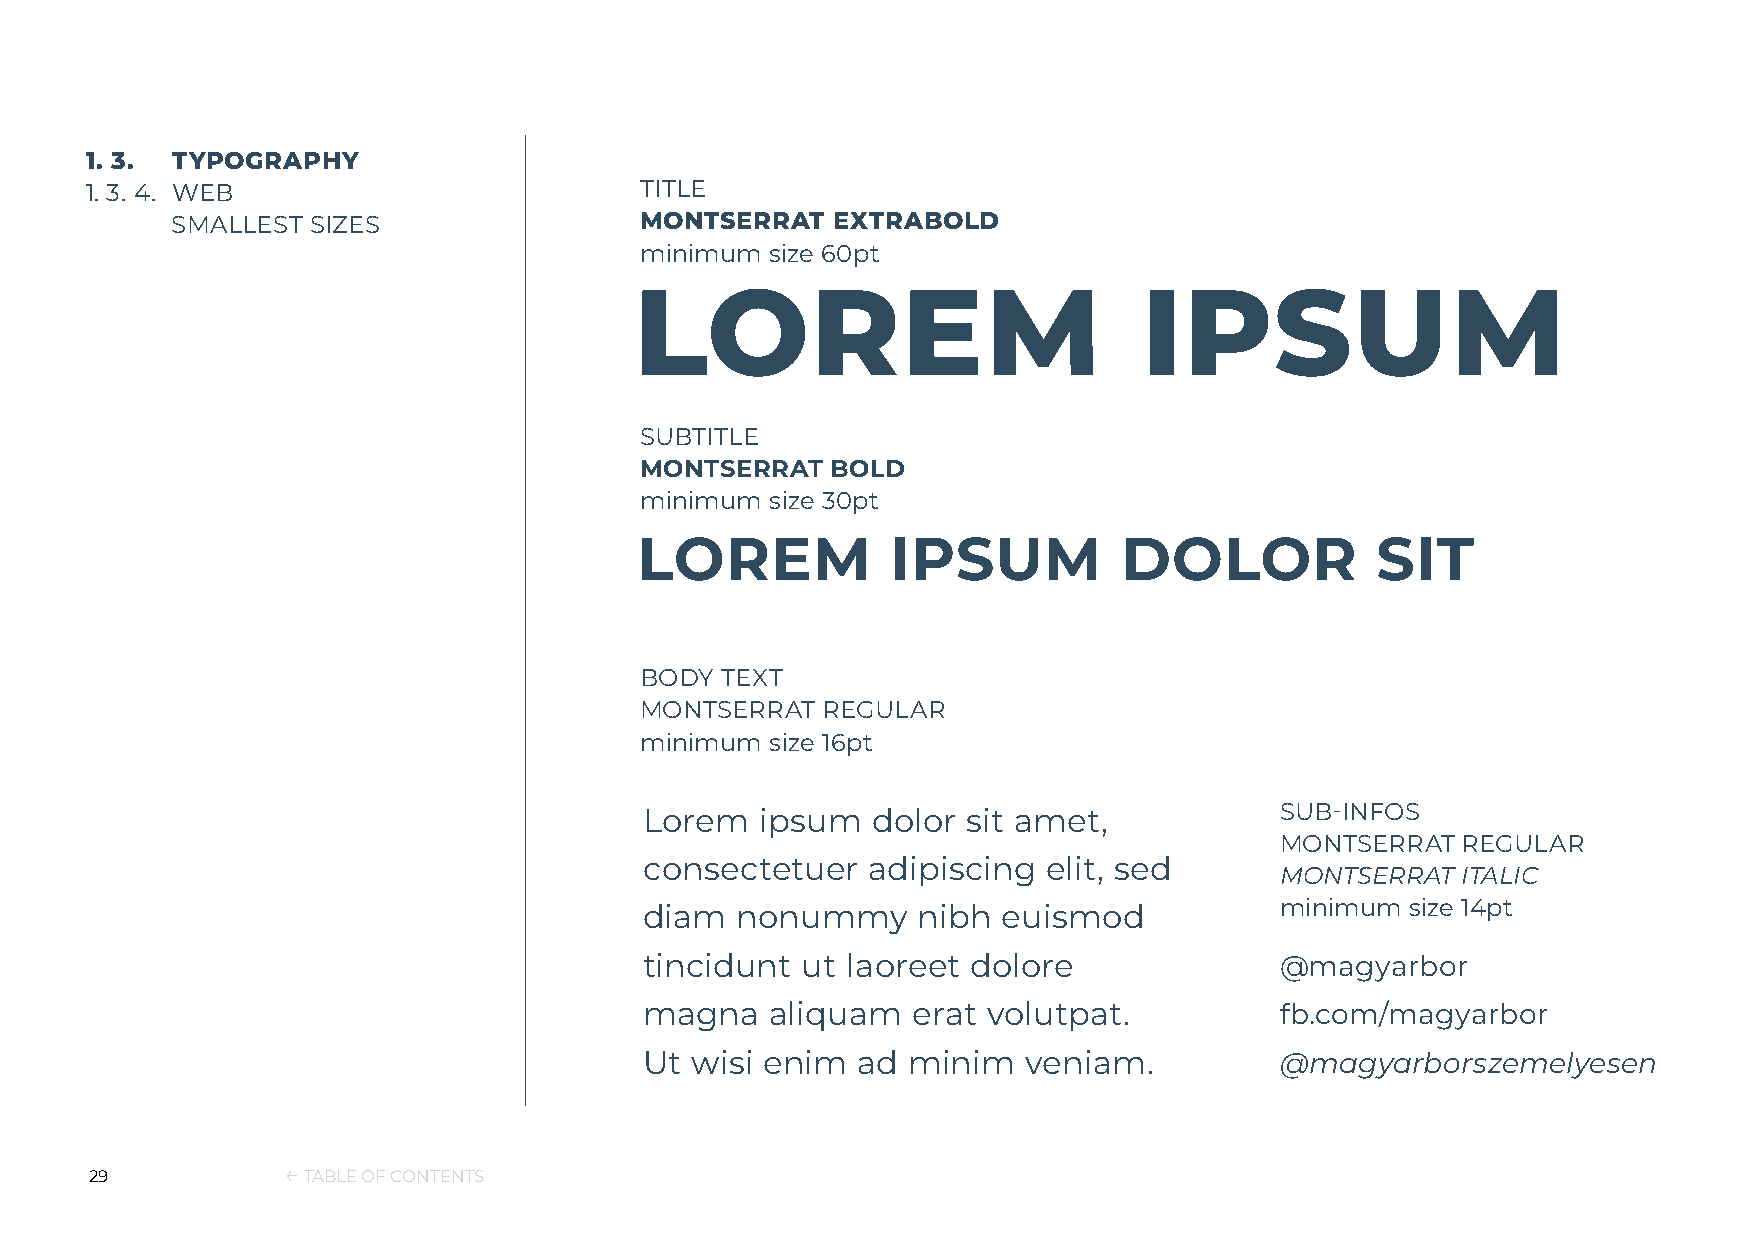
1. 3. TYPOGRAPHY
 1. 3. 4. WEB                        TITLE
 SMALLEST  SIZES                MONTSERRAT   EXTRABOLD
 minimum  size 60pt
 LOREM                             IPSUM
 SUBTITLE
 MONTSERRAT   BOLD
 minimum  size 30pt
 LOREM            IPSUM          DOLOR            SIT
 BODY  TEXT
 MONTSERRAT  REGULAR
 minimum  size 16pt
 Lorem  ipsum   dolor sit amet,            SUB-INFOS
 MONTSERRAT  REGULAR
 consectetuer   adipiscing elit, sed
 MONTSERRAT  ITALIC
 diam  nonummy     nibh euismod            minimum size 14pt
 tincidunt ut laoreet dolore               @magyarbor
 magna   aliquam  erat volutpat.           fb.com/magyarbor
 Ut wisi enim  ad minim   veniam.          @magyarborszemelyesen
 29           ← TABLE OF CONTENTS